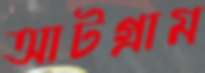
আটগ্রাম